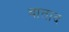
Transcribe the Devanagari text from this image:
वाताद